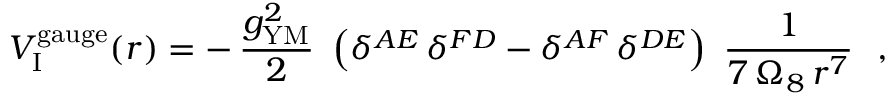
{ V } _ { \mathrm { I } } ^ { \mathrm { g a u g e } } ( r ) = - \, \frac { g _ { \mathrm { Y M } } ^ { 2 } } { 2 } ~ \left( \delta ^ { A E } \, \delta ^ { F D } - \delta ^ { A F } \, \delta ^ { D E } \right) ~ \frac { 1 } { 7 \, \Omega _ { 8 } \, r ^ { 7 } } ~ ~ ,